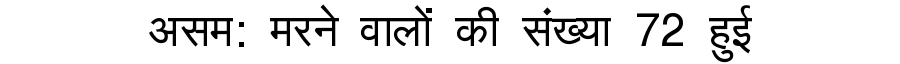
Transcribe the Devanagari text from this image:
असम: मरने वालों की संख्या 72 हुई